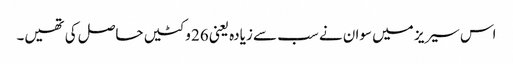
اس سیریز میں سوان نے سب سے زیادہ یعنی 26 وکٹیں حاصل کی تھیں۔